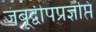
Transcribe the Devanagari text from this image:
जंबूद्वीपप्रज्ञप्ति